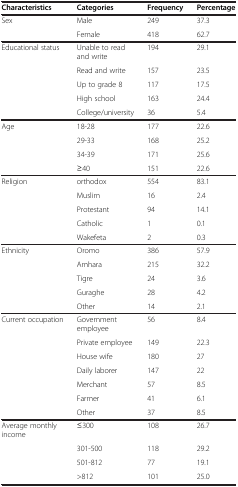
| Characteristics | Categories | Frequency | Percentage |
 | --- | --- | --- | --- |
 | Sex | Male | 249 | 37.3 |
 |  | Female | 418 | 62.7 |
 | Educational status | Unable to read and write | 194 | 29.1 |
 |  | Read and write | 157 | 23.5 |
 |  | Up to grade 8 | 117 | 17.5 |
 |  | High school | 163 | 24.4 |
 |  | College/university | 36 | 5.4 |
 | Age | 18-28 | 177 | 22.6 |
 |  | 29-33 | 168 | 25.2 |
 |  | 34-39 | 171 | 25.6 |
 |  | ≥40 | 151 | 22.6 |
 | Religion | orthodox | 554 | 83.1 |
 |  | Muslim | 16 | 2.4 |
 |  | Protestant | 94 | 14.1 |
 |  | Catholic | 1 | 0.1 |
 |  | Wakefeta | 2 | 0.3 |
 | Ethnicity | Oromo | 386 | 57.9 |
 |  | Amhara | 215 | 32.2 |
 |  | Tigre | 24 | 3.6 |
 |  | Guraghe | 28 | 4.2 |
 |  | Other | 14 | 2.1 |
 | Current occupation | Government employee | 56 | 8.4 |
 |  | Private employee | 149 | 22.3 |
 |  | House wife | 180 | 27 |
 |  | Daily laborer | 147 | 22 |
 |  | Merchant | 57 | 8.5 |
 |  | Farmer | 41 | 6.1 |
 |  | Other | 37 | 8.5 |
 | Average monthly income | ≤300 | 108 | 26.7 |
 |  | 301-500 | 118 | 29.2 |
 |  | 501-812 | 77 | 19.1 |
 |  | >812 | 101 | 25.0 |